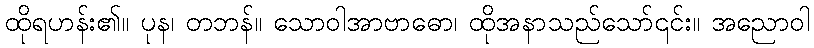
ထိုရဟန်း၏။ ပုန၊ တဘန်။ သောဝါအာဗာဓော၊ ထိုအနာသည်သော်၎င်း။ အညောဝါ